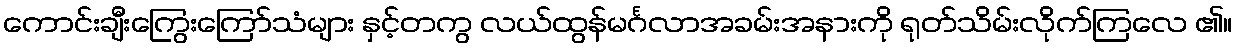
ကောင်းချီးကြွေးကြော်သံများ နှင့်တကွ လယ်ထွန်မင်္ဂလာအခမ်းအနားကို ရုတ်သိမ်းလိုက်ကြလေ ၏။